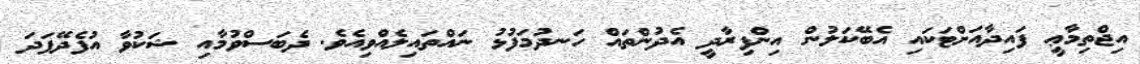
އިޖްތިމާޢީ ފައިދާއަށްޓަކައި އެބޭކަލުން އިންފިރާދީ އެދުންތައް ހަނދުމަފުޅު ނައްތައިލެއްވިއެވެ. ދެބަސްވުމާއި ޝަކުވާ އުފެދޭފަދަ